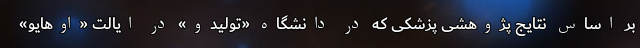
بر اساس نتایج پژوهشی پزشکی که در دانشگاه «تولیدو» در ایالت «اوهایو»